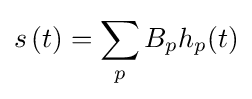
s\left(t\right)=\sum _{p}B_{p}h_{p}(t)